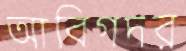
আবিগদর